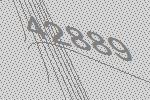
42889